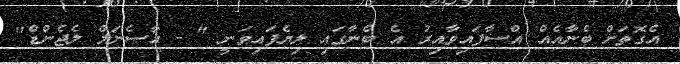
އެގޮތަށް ބެނާއެއް އްސާފައިވާއިރު އެ ބެނާގައި ލިޔެފައިވަނީ " - އާސެނަލް ލެޖެންޑް"